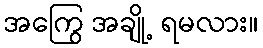
အကြွေ အချို့ ရမလား။